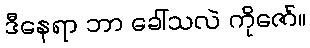
ဒီနေရာ ဘာ ခေါ်သလဲ ကိုဇော်။